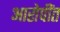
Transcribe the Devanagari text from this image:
आरोपींत